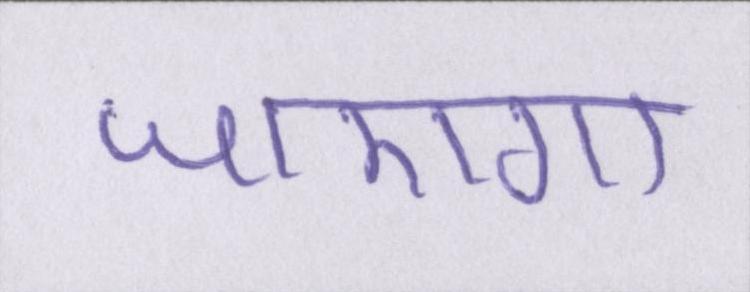
जाएगा